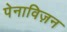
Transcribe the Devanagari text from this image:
पेनाविज़न